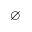
\diameter